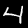
Digit: 4